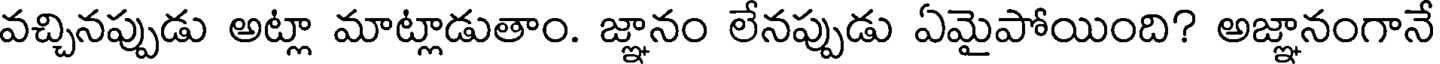
వచ్చినప్పుడు అట్లా మాట్లాడుతాం. జ్ఞానం లేనప్పుడు ఏమైపోయింది? అజ్ఞానంగానే